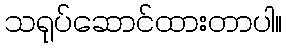
သရုပ်ဆောင်ထားတာပါ။